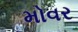
મોવર